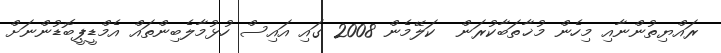
ރައްޔިތުންނާއި މިހެން މުޚާތަބާކުރަން  ކަލޭމެން 2008 ގައި އައިސް ހުޅުމާލެބިންތައް އެމްޑީޕީބޮޑުންނަށް